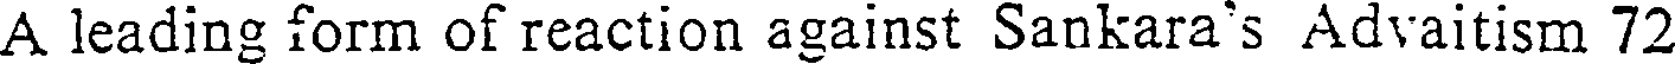
A leading form of reaction against Sankara's Advaitism 72